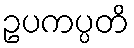
ဥပကပ္ပတိ